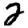
Digit: 2